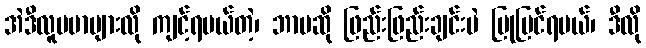
အဲဒီလူမမာများလို ကျင့်ရမယ်တဲ့၊ ဘာမဆို ဖြည်းဖြည်းချင်းပဲ ပြုပြင်ရမယ်၊ ဒီလို